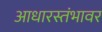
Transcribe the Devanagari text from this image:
आधारस्तंभावर